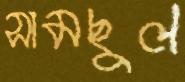
সামছুল